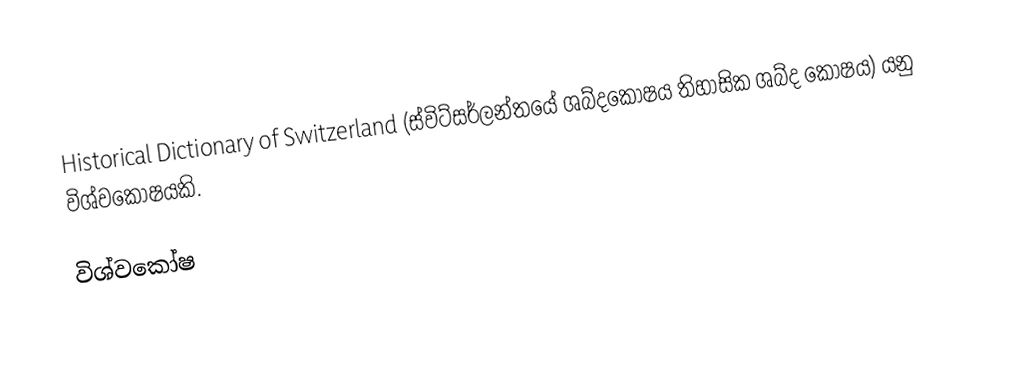
Historical Dictionary of Switzerland (ස්විට්සර්ලන්තයේ ශබ්දකෝෂය තිහාසික ශබ්ද කෝෂය)  යනු විශ්වකෝෂයකි.

විශ්වකෝෂ